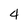
Character: 4